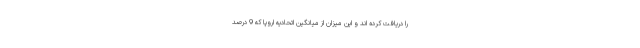
را دریافت کرده اند و این میزان از میانگین اتحادیه اروپا که 9 درصد